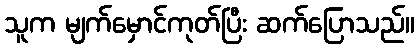
သူက မျက်မှောင်ကုတ်ပြီး ဆက်ပြောသည်။